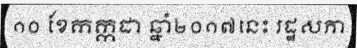
១០ ខែកក្កដា ឆ្នាំ២០១៧នេះ រដ្ឋសភា